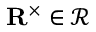
{ \mathbf { R } } ^ { \times } \in \mathcal { R }